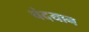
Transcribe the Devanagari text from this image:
चंदयान